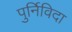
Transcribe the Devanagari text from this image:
पुर्निविदा